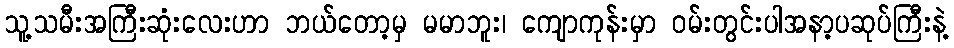
သူ့သမီးအကြီးဆုံးလေးဟာ ဘယ်တော့မှ မမာဘူး၊ ကျောကုန်းမှာ ဝမ်းတွင်းပါအနာ့ပဆုပ်ကြီးနဲ့